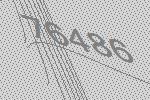
76486